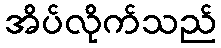
အိပ်လိုက်သည်